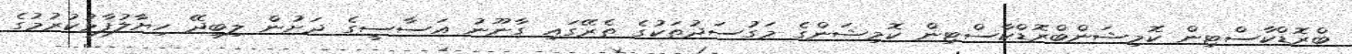
ބްރޮޑްކާސްޓިން ކޮމިޝަންބްރޮޑްކާސްޓިން ކޮމިޝަންގެ މަގުސަދުތަކުގެ ތެރޭގައި ގާނޫނު އަސާސީގެ ދަށުން ލިބިދޭ ހިޔާލުފާޅުކުރުމުގެ